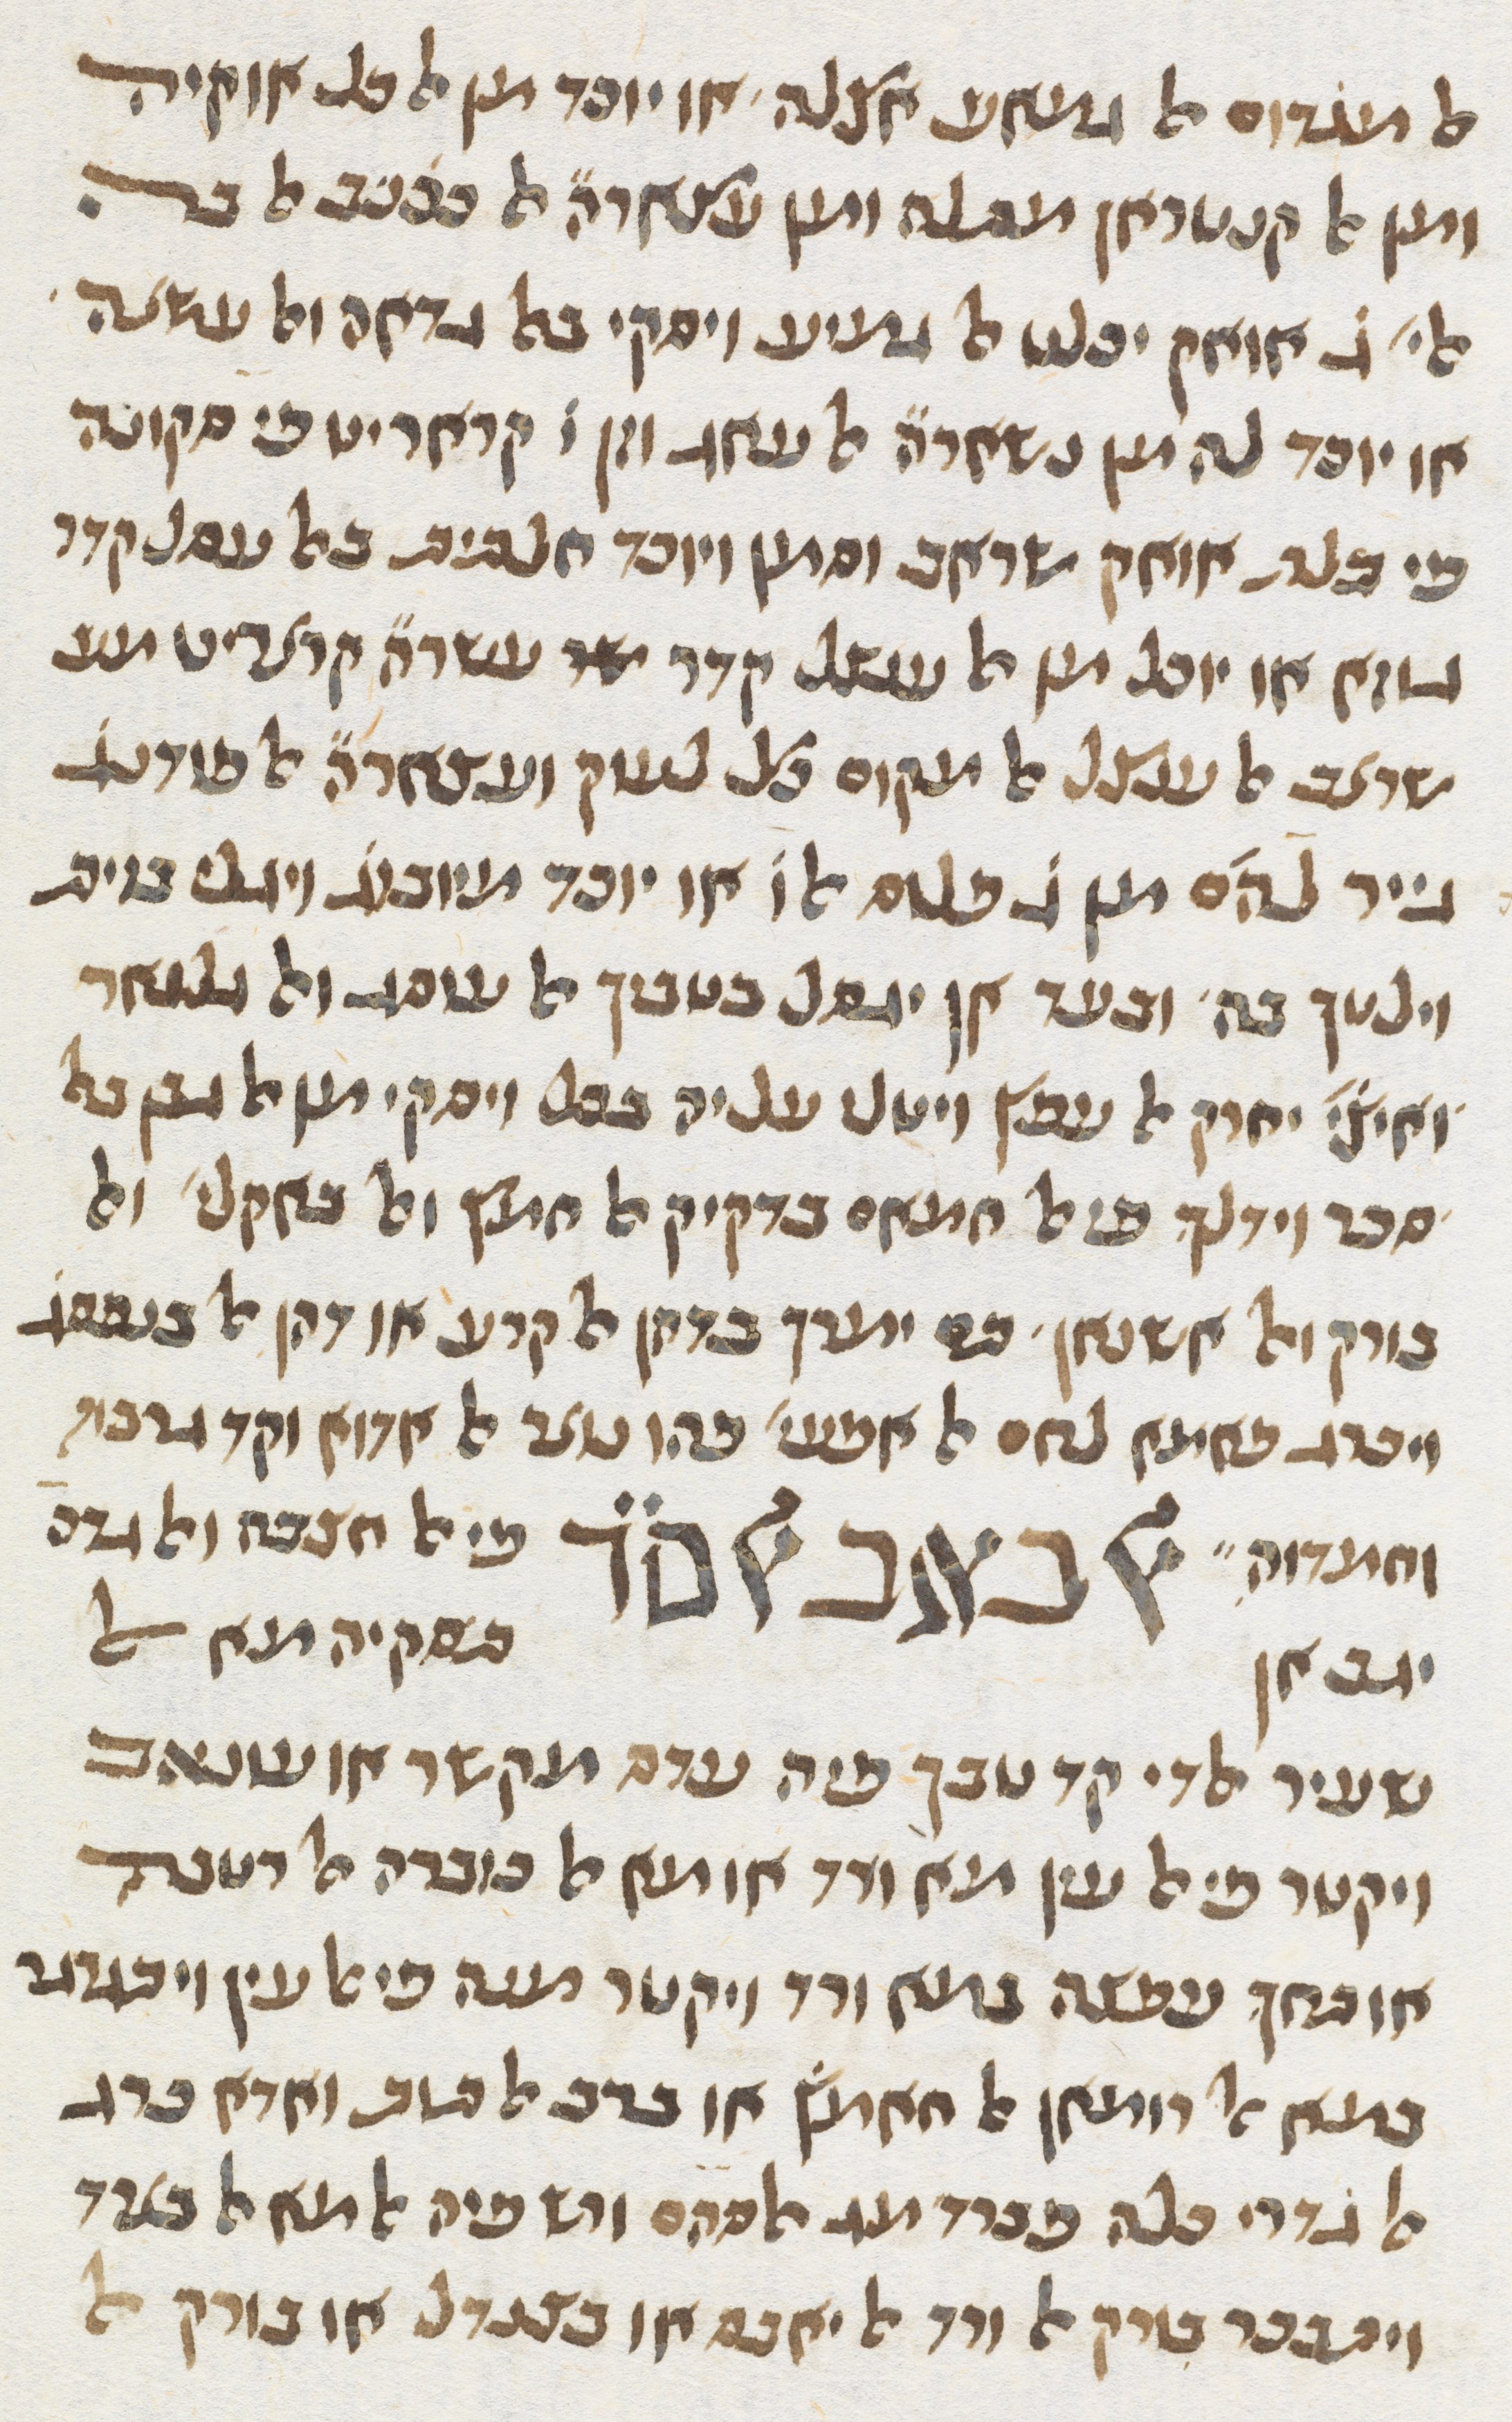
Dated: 1413–1413